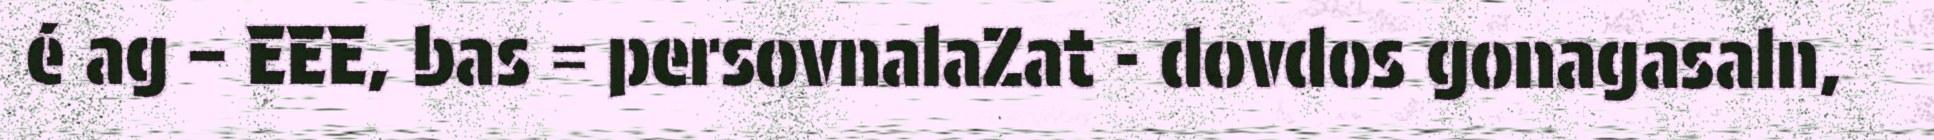
é ag – EEE, bas = persovnalaZat - dovdos gonagasaln,